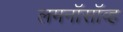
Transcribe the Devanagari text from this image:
लमनॉसॉव्ह